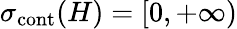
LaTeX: \sigma_{\mathrm{cont}}(H)=[0,+\infty)